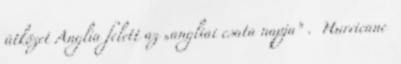
ütközet Anglia felett az „angliai csata napja” . Hurricane